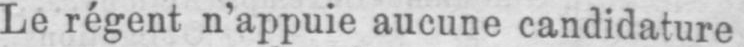
Le régent n’appuie aucune candidature